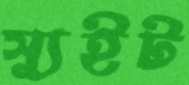
স্যুইট